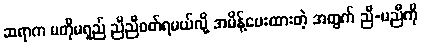
ဆရာက မတိုမရှည် ညီညီဝတ်ရမယ်လို့ အမိန့်ပေးထားတဲ့ အတွက် ညီ-မညီကို